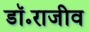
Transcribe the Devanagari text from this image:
डॉ॰राजीव